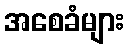
အစေခံများ